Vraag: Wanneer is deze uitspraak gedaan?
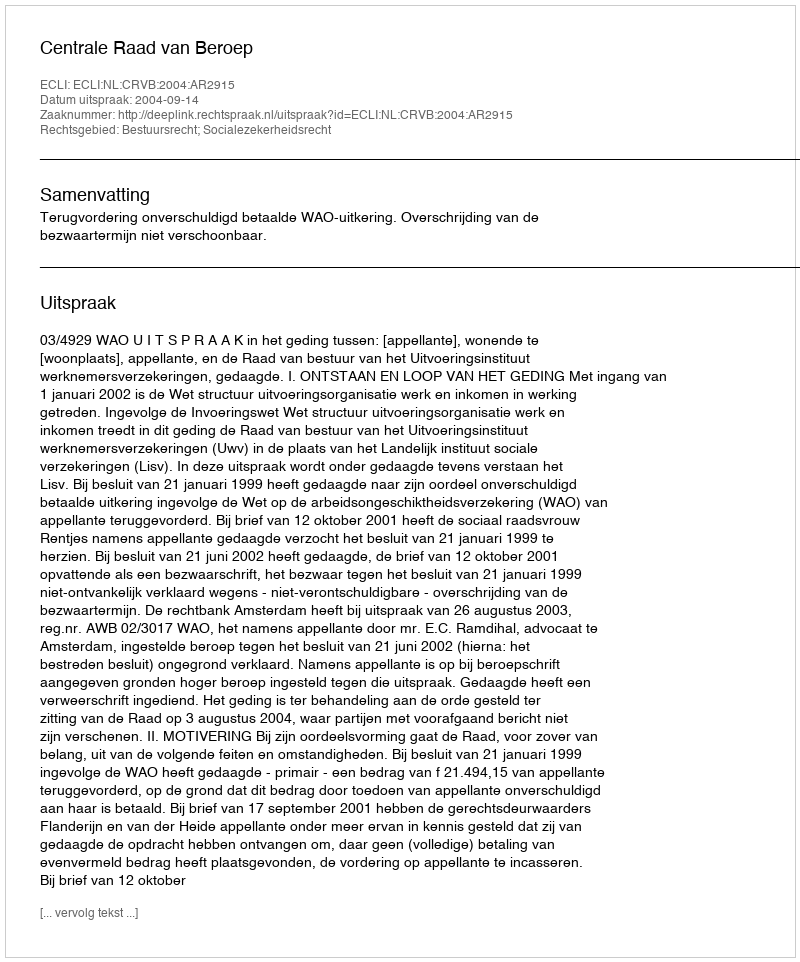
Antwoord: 2004-09-14